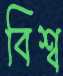
বিশ্ব